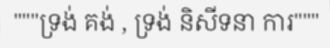
"""ទ្រង់ គង់ , ទ្រង់ និសីទនា ការ"""